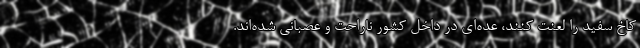
کاخ سفید را لعنت کنند، عده‌ای در داخل کشور ناراحت و عصبانی شده‌اند.